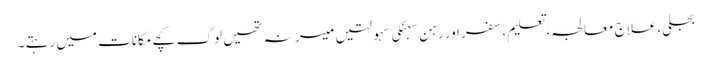
بجلی،علاج معالجہ ،تعلیم،سفراور رہن سہنکی سہولتیں میسر نہ تھیں لوگ کچے مکانات میں رہتے ۔